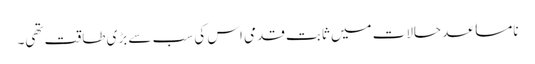
نامساعد حالات میں ثابت قدمی اس کی سب سے بڑی طاقت تھی۔